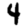
Digit: 4